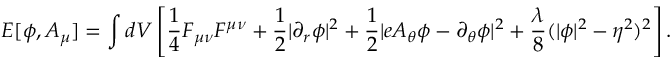
E [ \phi , A _ { \mu } ] = \int d V \left[ { \frac { 1 } { 4 } } F _ { \mu \nu } F ^ { \mu \nu } + { \frac { 1 } { 2 } } \vert \partial _ { r } \phi \vert ^ { 2 } + { \frac { 1 } { 2 } } \vert e A _ { \theta } \phi - \partial _ { \theta } \phi \vert ^ { 2 } + { \frac { \lambda } { 8 } } ( \vert \phi \vert ^ { 2 } - \eta ^ { 2 } ) ^ { 2 } \right] .